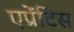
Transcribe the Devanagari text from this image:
एप्रेंटिस